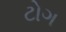
ટોગ